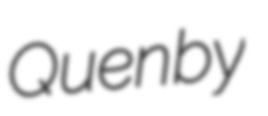
Quenby